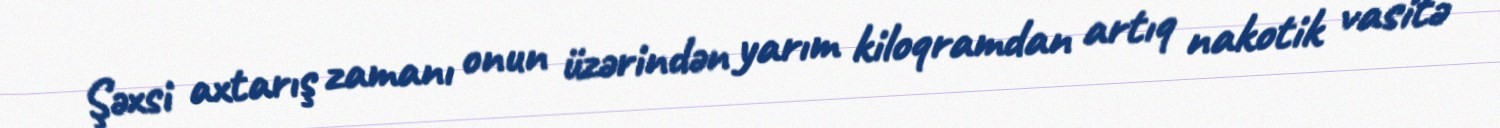
Şəxsi axtarış zamanı onun üzərindən yarım kiloqramdan artıq nakotik vasitə